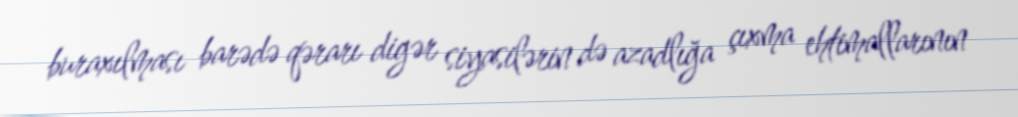
buraxılması barədə qərarı digər siyasilərin də azadlığa çıxma ehtimallarının